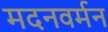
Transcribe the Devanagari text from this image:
मदनवर्मन